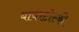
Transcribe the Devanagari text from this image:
बायरटोस्की